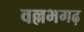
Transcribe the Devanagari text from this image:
वल्लभगढ़